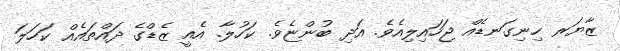
ޒާޔަރ ހިނިގަނޑެއް ޖަހައިލިއެވެ. އަދި ބުންޏެވެ. ކަހުލާ. އެއީ ޒެޑްގެ ދައްތައެއް ކަހަލަ